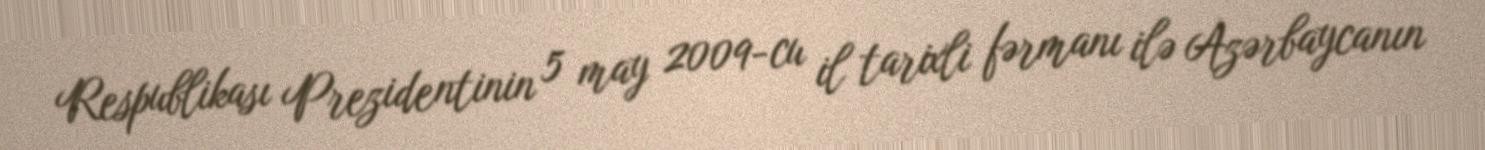
Respublikası Prezidentinin 5 may 2009-cu il tarixli fərmanı ilə Azərbaycanın